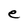
Character: e